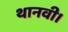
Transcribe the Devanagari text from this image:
थानवी।